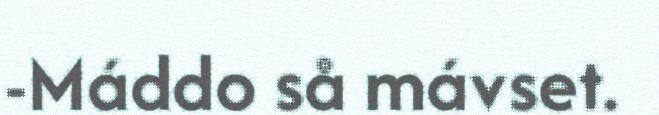
-Máddo så mávset.